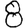
Digit: 8